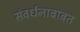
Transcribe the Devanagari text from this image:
संवर्धनाबाबत